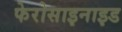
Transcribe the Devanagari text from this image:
फेरोसाइनाइड